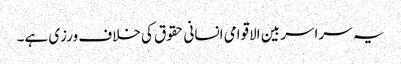
یہ سراسر بین الاقوامی انسانی حقوق کی خلاف ورزی ہے۔